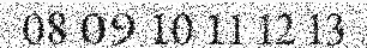
08 09 10 11 12 13